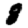
Digit: 8